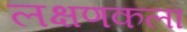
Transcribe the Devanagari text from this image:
लक्षणकला